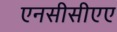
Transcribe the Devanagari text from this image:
एनसीसीएए